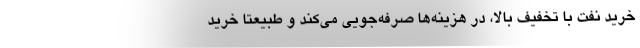
خرید نفت با تخفیف بالا، در هزینه‌ها صرفه‌جویی می‌كند و طبیعتا خرید